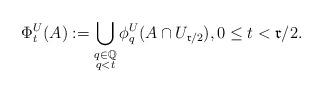
LaTeX: \begin{align*}\Phi_t^U(A):=\bigcup_{\substack{q\in\mathbb{Q} \\ q<t}}\phi_q^U(A\cap U_{\mathfrak r/2}), 0\leq t <\mathfrak r/2.\end{align*}